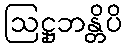
ဩဋ္ဌုဘန္တိပိ